Leaving Certificate Examination (including Day School Certificate (Higher) General paper), 1931
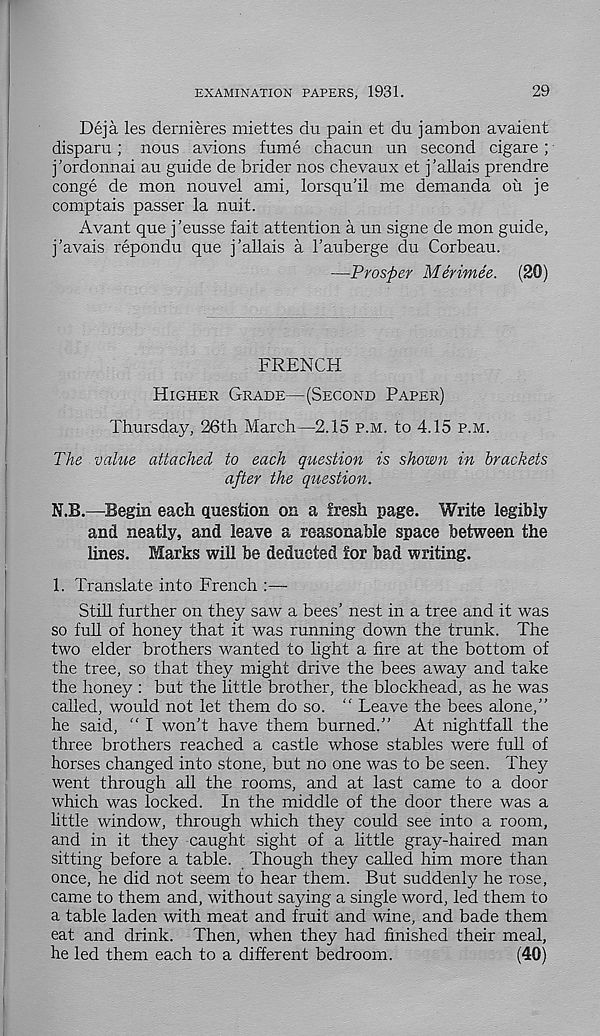
EXAMINATION PAPERS, 1931.
29
Deja les dernieres miettes du pain et du jambon avaient
disparu; nous avions fume chacun un second cigare;
j'ordonnai au guide de brider nos chevaux et j’allais prendre
conge de mon nouvel ami, lorsqu'il me demanda ou je
comptais passer la nuit.
Avant que j’eusse fait attention a un signe de mon guide,
j’avais repondu que j’allais a 1’auberge du Corbeau.
—Prosper Merimee. (20)
FRENCH
Higher Grade—(Second Paper)
Thursday, 26th March—2.15 p.m. to 4.15 p.m.
The value attached to each question is shown in brackets
after the question.
N.B.—Begin each question on a fresh page. Write legibly
and neatly, and leave a reasonable space between the
lines. Marks will be deducted for bad writing.
1. Translate into French :—
Still further on they saw a bees’ nest in a tree and it was
so full of honey that it was running down the trunk. The
two elder brothers wanted to light a fire at the bottom of
the tree, so that they might drive the bees away and take
the honey : but the little brother, the blockhead, as he was
called, would not let them do so. “ Leave the bees alone,”
he said, “ I won’t have them burned.” At nightfall the
three brothers reached a castle whose stables were full of
horses changed into stone, but no one was to be seen. They
went through all the rooms, and at last came to a door
which was locked. In the middle of the door there was a
little window, through which they could see into a room,
and in it they caught sight of a little gray-haired man
sitting before a table. Though they called him more than
once, he did not seem to hear them. But suddenly he rose,
came to them and, without saying a single word, led them to
a table laden with meat and fruit and wine, and bade them
eat and drink. Then, when they had finished their meal,
he led them each to a different bedroom.
(40)